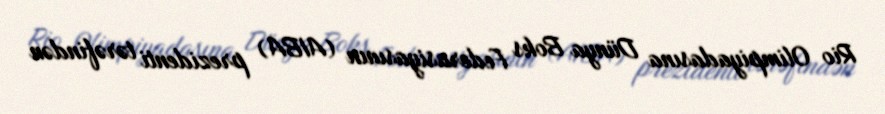
Rio Olimpiyadasına Dünya Boks Federasiyasının (AIBA) prezidenti tərəfindən